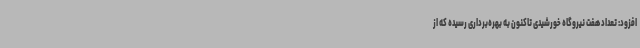
افزود: تعداد هفت نیروگاه خورشیدی تاکنون به بهره‌برداری رسیده که از